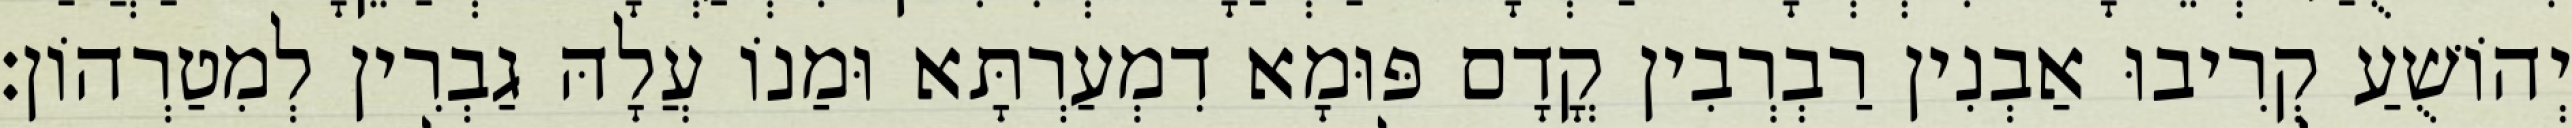
יְהוֹשֻׁעַ קְרִיבוּ אַבְנִין רַבְרְבִין קֳדָם פּוּמָא דִמְעַרְתָּא וּמַנוֹ עֲלָהּ גַבְרִין לְמִטַרְהוֹן׃